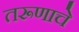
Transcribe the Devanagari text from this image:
तरूणाचे